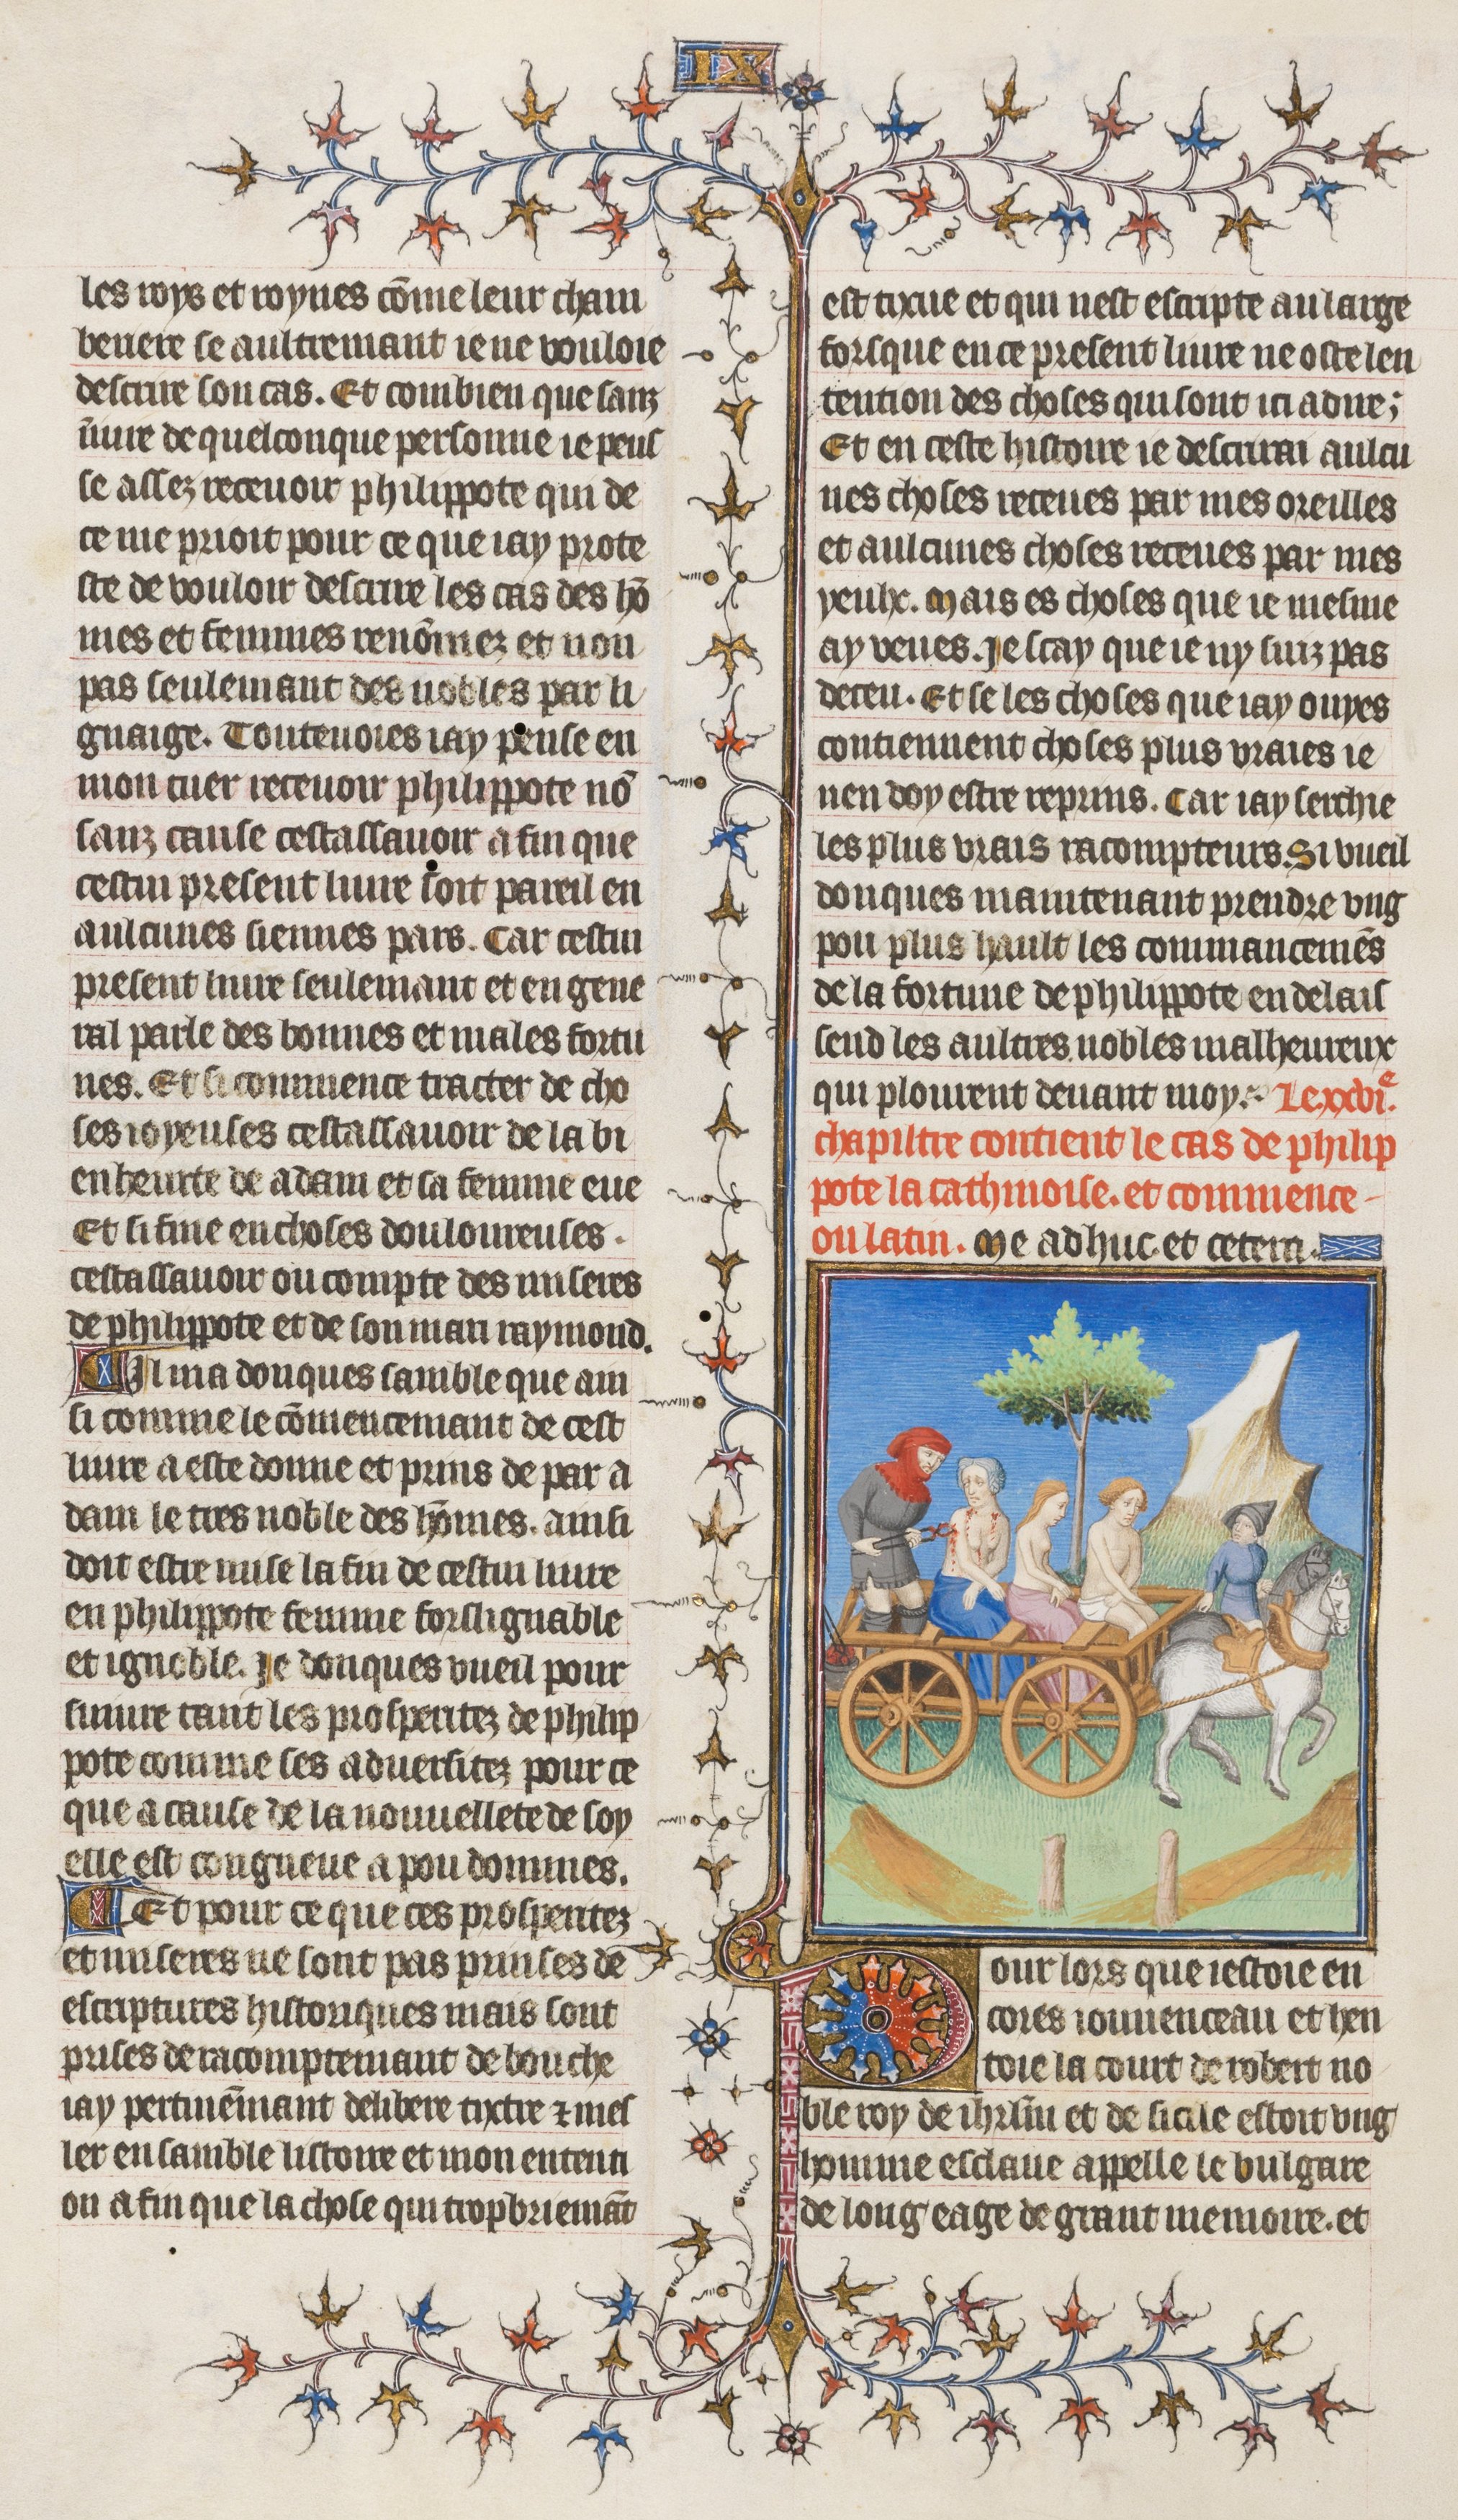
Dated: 1395–1425